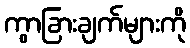
ကွာခြားချက်များကို